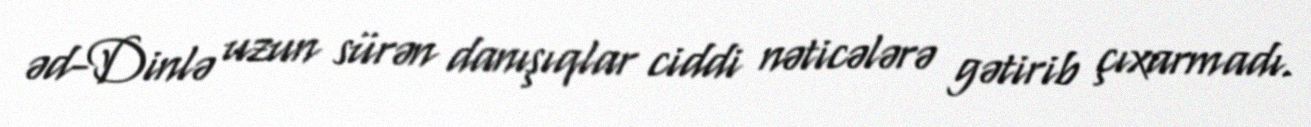
əd-Dinlə uzun sürən danışıqlar ciddi nəticələrə gətirib çıxarmadı.